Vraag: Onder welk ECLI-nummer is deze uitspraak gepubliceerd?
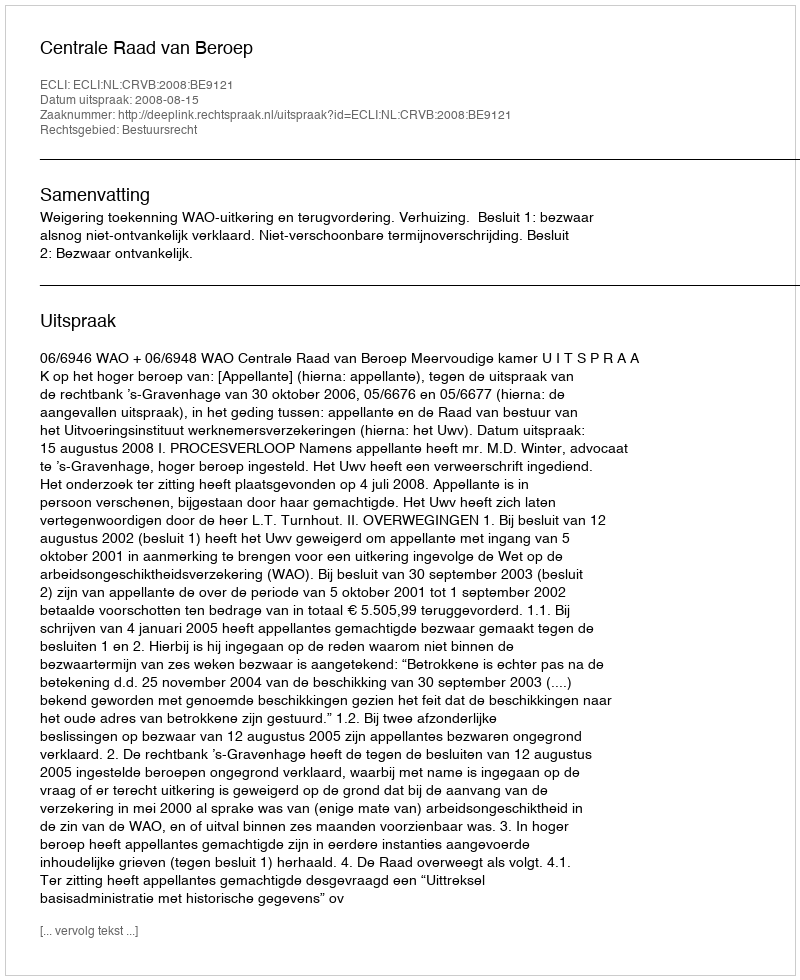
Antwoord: ECLI:NL:CRVB:2008:BE9121